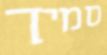
סמיך